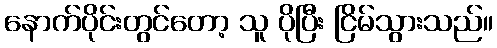
နောက်ပိုင်းတွင်တော့ သူ ပိုပြီး ငြိမ်သွားသည်။